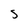
Character: S